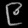
Digit: ၉